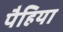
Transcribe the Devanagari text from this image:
पैहिया